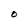
Character: O